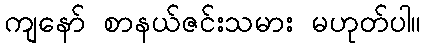
ကျနော် စာနယ်ဇင်းသမား မဟုတ်ပါ။